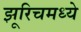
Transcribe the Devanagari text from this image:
झूरिचमध्ये